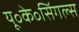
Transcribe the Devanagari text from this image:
यू॰के॰सिंगल्स